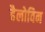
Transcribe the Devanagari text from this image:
हैलोविन